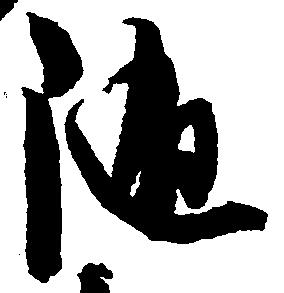
随